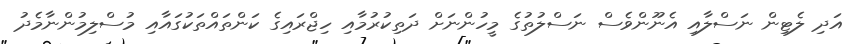
އަދި ލެޓިން ނަސްލާއި އެނޫންވެސް ނަސްލުތުގެ މީހުންނަށް ދަތިކުރުމާއި ހިޖްރައިގެ ކަންތައްތަކުގައާއި މުސްލިމުންނާމެދު